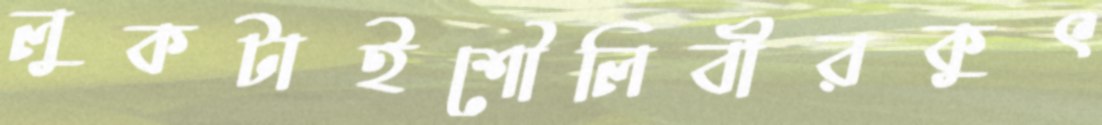
লুকটাইশৌলিবীরকুৎ